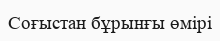
Соғыстан бұрынғы өмірі